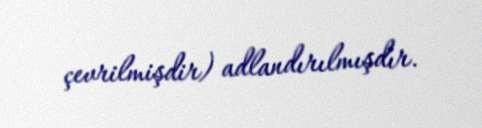
çevrilmişdir) adlandırılmışdır.